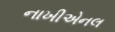
નાખીએનલ